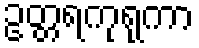
ဥတ္တရကုရုကာ